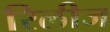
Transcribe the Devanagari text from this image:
रिलीज